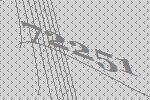
72251